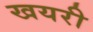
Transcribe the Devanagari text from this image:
खयरी